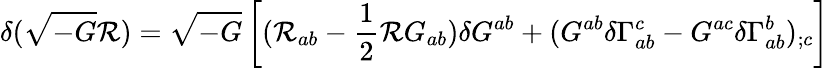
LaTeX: \delta(\sqrt{-G}{\cal R})=\sqrt{-G}\left[({\cal R}_{ab}-\frac{1}{2}{\cal R}G_{ab})\delta G^{ab}+(G^{ab}\delta\Gamma_{ab}^{c}-G^{ac}\delta\Gamma_{ab}^{b})_{;c}\right]